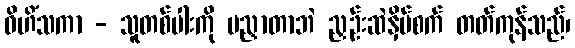
ဝိဟိံသကာ - သူတစ်ပါးကို မညှာတာဘဲ ညှဉ်းဆဲနှိပ်စက် တတ်ကုန်သည်၊